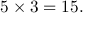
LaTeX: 5 \times 3 = 1 5 .